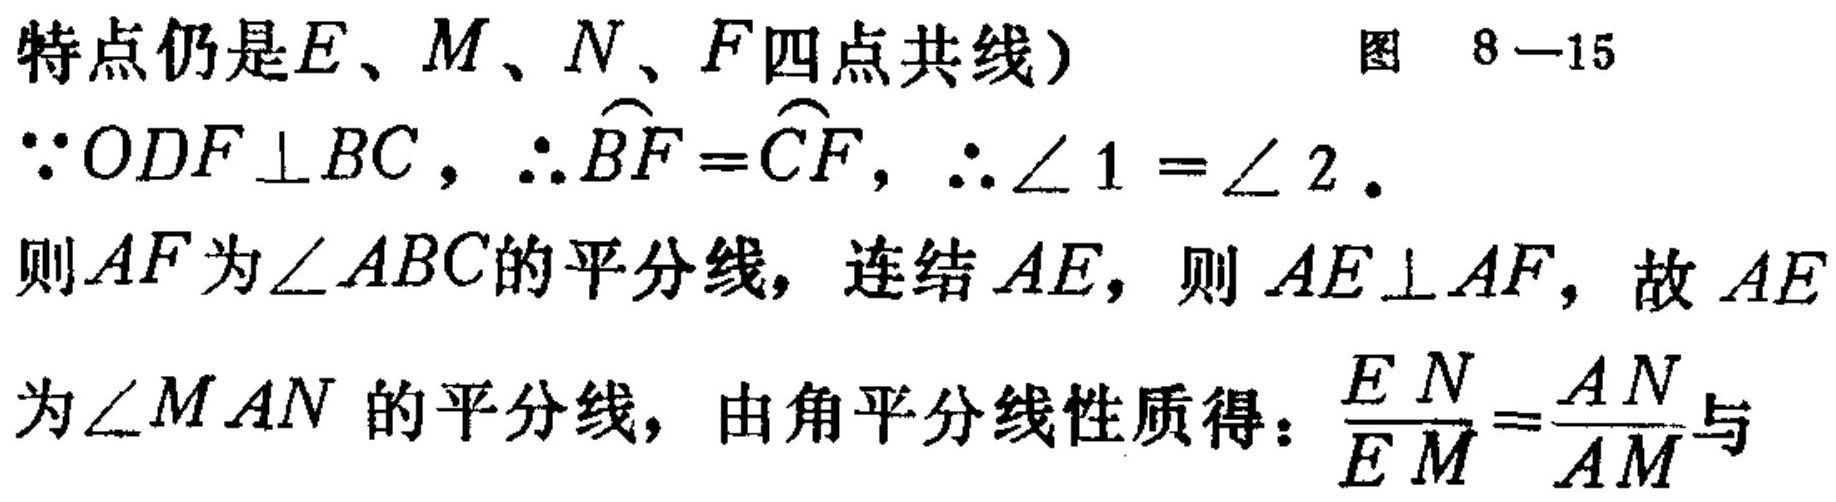
特点仍是\(E、M、N、F\)四点共线） 图 \(8 - 15\)
\(\because ODF\perp BC\)，\(\therefore \overset{\frown}{BF}=\overset{\frown}{CF}\)，\(\therefore \angle 1 = \angle 2\)。
则\(AF\)为\(\angle ABC\)的平分线，连结\(AE\)，则 \(AE\perp AF\)，故 \(AE\)为\(\angle MAN\) 的平分线，由角平分线性质得：\(\frac{EN}{EM}=\frac{AN}{AM}\)与